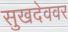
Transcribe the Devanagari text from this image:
सुखदेववर